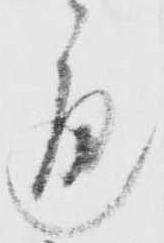
通